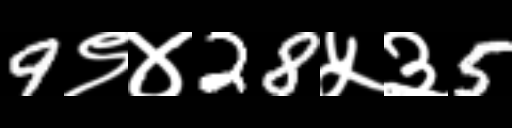
Text: 9९४28५३5